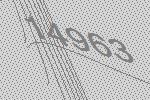
14963